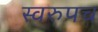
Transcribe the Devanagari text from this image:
स्वरुपच